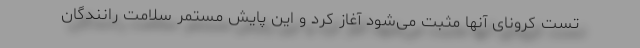
تست کرونای آنها مثبت می‌شود آغاز کرد و این پایش مستمر سلامت رانندگان